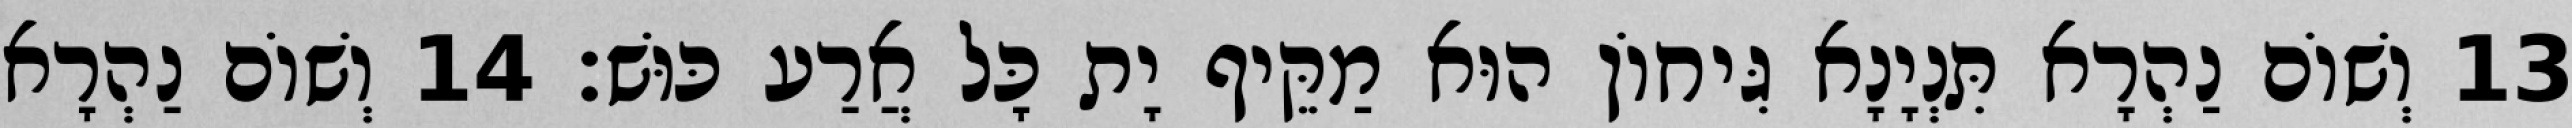
13 וְשׁוֹם נַהְרָא תִּנְיָנָא גִּיחוֹן הוּא מַקֵּיף יָת כָּל אֲרַע כּוּשׁ׃ 14 וְשׁוֹם נַהְרָא